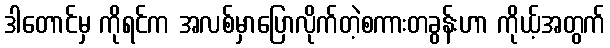
ဒါတောင်မှ ကိုရင်က အလစ်မှာပြောလိုက်တဲ့စကားတခွန်းဟာ ကိုယ့်အတွက်